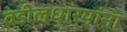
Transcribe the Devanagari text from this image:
वडीलधार्‍यांना